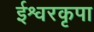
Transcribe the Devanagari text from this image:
ईश्वरकृपा